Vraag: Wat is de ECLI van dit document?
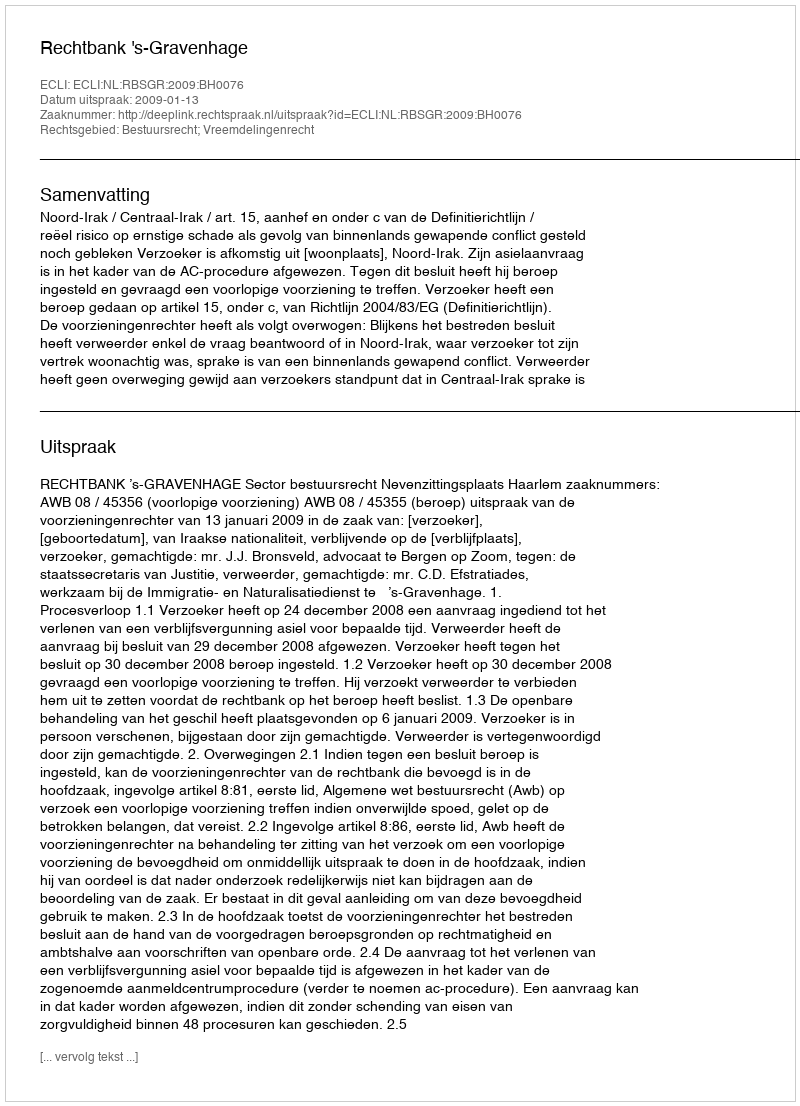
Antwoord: ECLI:NL:RBSGR:2009:BH0076